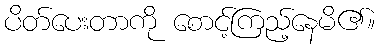
ပိတ်ပေးတာကို စောင့်ကြည့်နေမိ၏။